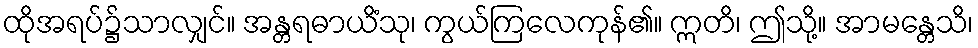
ထိုအရပ်၌သာလျှင်။ အန္တရဓာယိံသု၊ ကွယ်ကြလေကုန်၏။ ဣတိ၊ ဤသို့။ အာမန္တေသိ၊